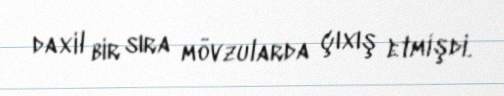
daxil bir sıra mövzularda çıxış etmişdi.